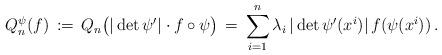
LaTeX: \begin{align*} Q_n^\psi(f) \,:=\, Q_n\bigl(|\det \psi'|\cdot f\circ\psi\bigr) \,=\, \sum\limits_{i=1}^n \lambda_i\, |\det\psi'(x^i)|\, f(\psi(x^i))\,.\end{align*}